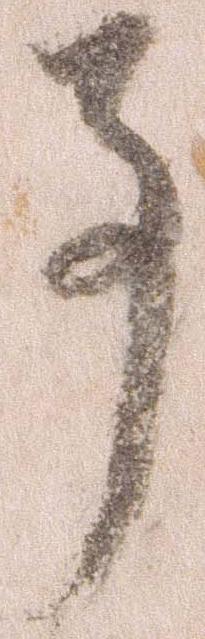
事